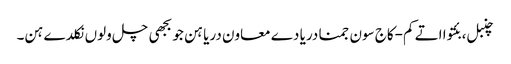
چنبل، بئتوا اتے کم-کاج سون جمنا دریا دے معاون دریا ہن جو بجھی چل ولوں نکلدے ہن۔